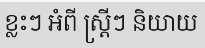
ខ្លះៗ អំពី ស្ត្រីៗ និយាយ